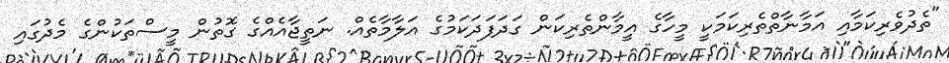
"ތެދުވެރިކަމާއި އަމާނާތްތެރިކަމަކީ މީހާގެ އީމާންތެރިކަން ގަދަފަދަކަމުގެ އަލާމާތެއް. ނަތީޖާއެއްގެ ގޮތުން މީސްތަކުންގެ މެދުގައި